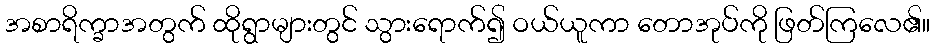
အစာရိက္ခာအတွက် ထိုရွာများတွင် သွားရောက်၍ ဝယ်ယူကာ တောအုပ်ကို ဖြတ်ကြလေ၏။